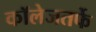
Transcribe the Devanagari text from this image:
कॉलेजतर्फे